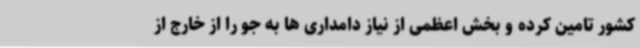
کشور تامین کرده و بخش اعظمی از نیاز دامداری ها به جو را از خارج از